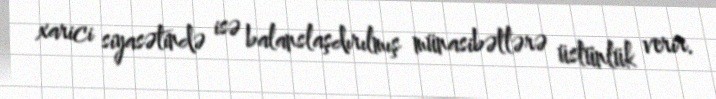
xarici siyasətində isə balanslaşdırılmış münasibətlərə üstünlük verir.